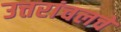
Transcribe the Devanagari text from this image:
उत्तरांचलचे